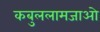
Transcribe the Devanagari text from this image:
कबुललामजाओ